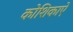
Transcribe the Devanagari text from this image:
कोशिकाऐ